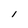
Character: i